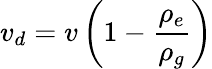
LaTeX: v_{d}=v\left(1-{\frac{\rho_{e}}{\rho_{g}}}\right)